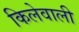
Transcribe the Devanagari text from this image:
किलेवाली